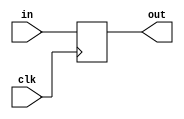
module register (clk, in, out);

	input clk;
	input [7:0] in;
	output reg [7:0] out;
	
	always @(posedge clk)
		out <= in;

endmodule